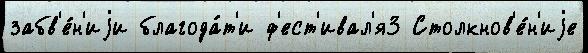
забв'е́н'иjи благода́т'и ф'ест'ивал'я3 Столкнов'е́н'иjе